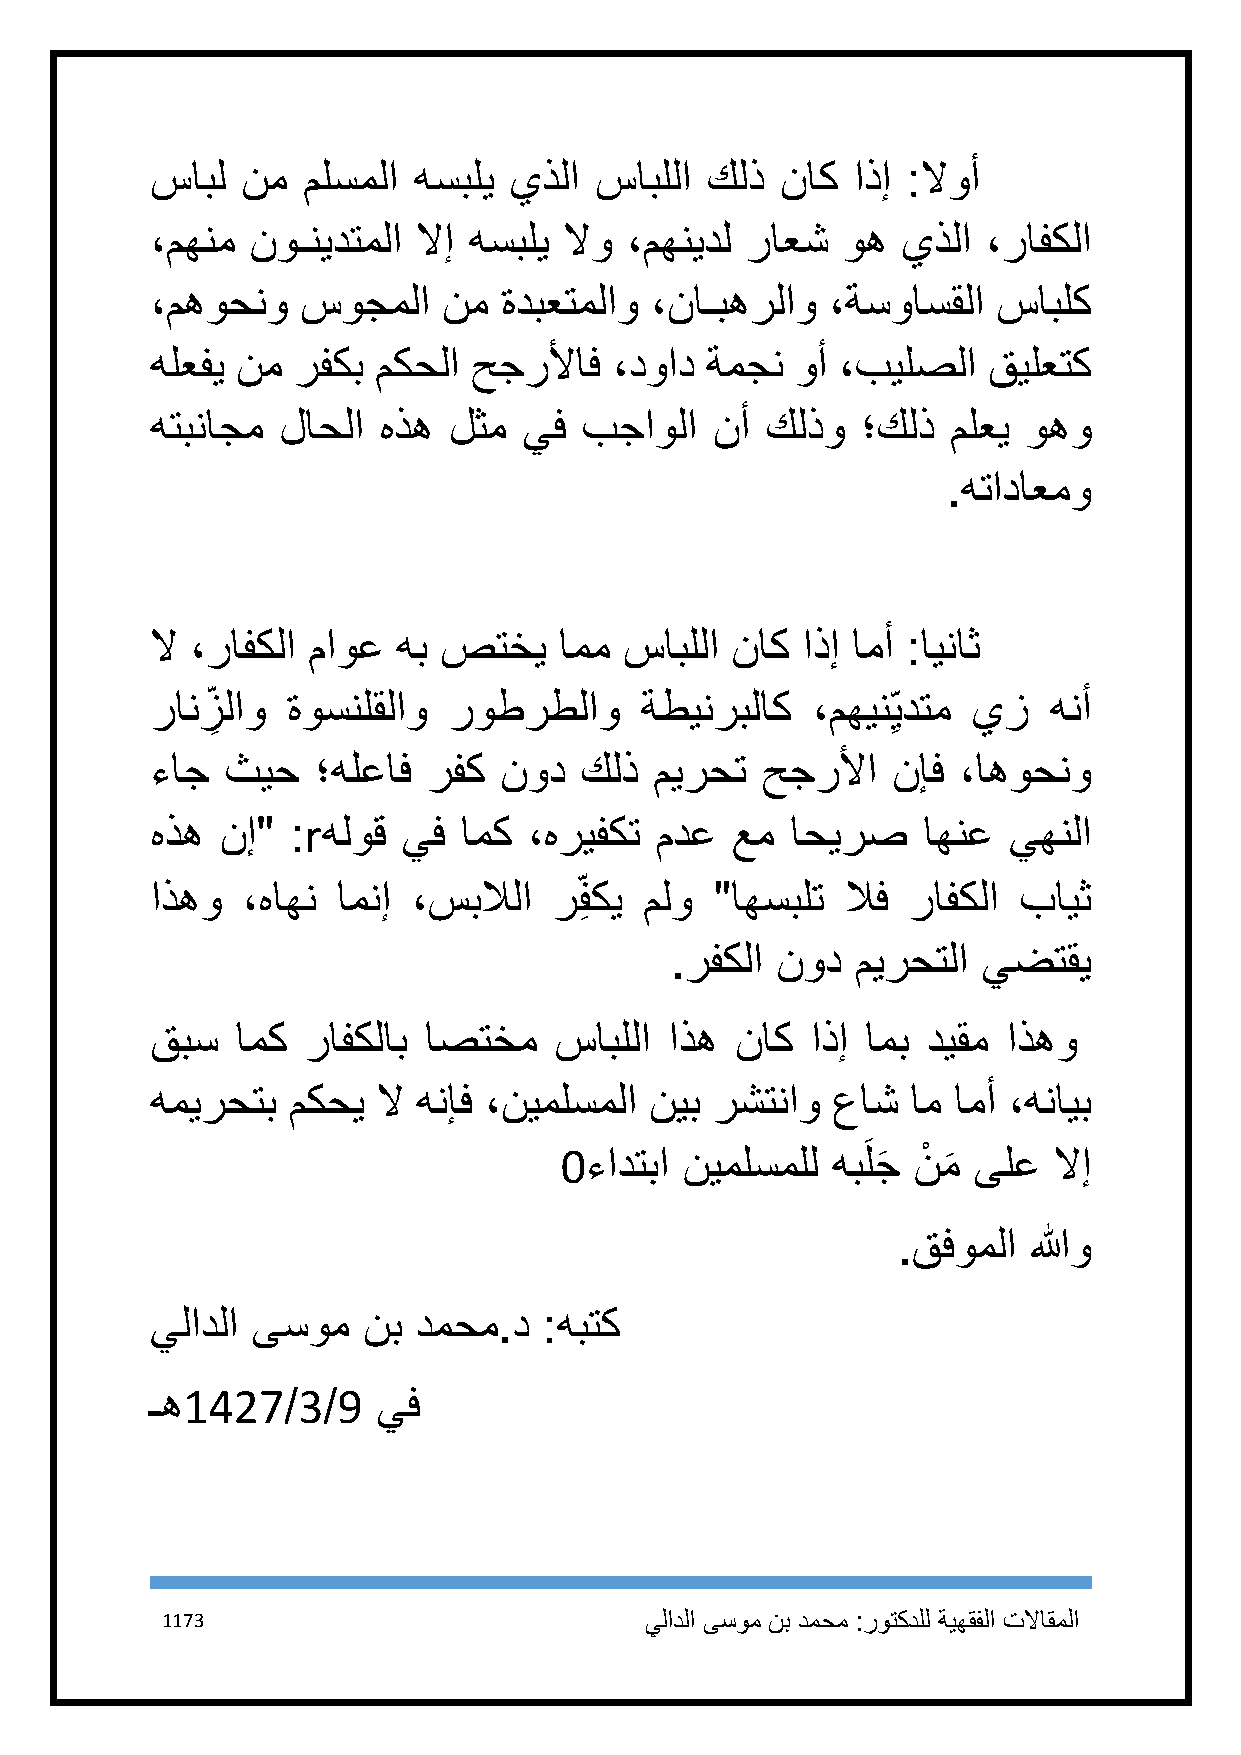
سابل  نم  ملسملا هسبلي  يذلا سابللا  كلذ  ناك اذإ :لاوأ
 ،مهنم  نوـنيدتملا لاإ هسبلي لاو ،مهنيدل راعش  وه  يذلا ،رافكلا
 ،مهوحنو   سوجملا   نم  ةدبعتملاو ،ناـبهرلاو  ،ةسواسقلا  سابلك
 هلعفي نم رفكب  مكحلا حجرلأاف   ،دواد ةمجن  وأ ،بيلصلا  قيلعتك
 هتبناجم  لاحلا هذه  لثم  يف بجاولا   نأ  كلذو  ؛كلذ  ملعي وهو
 .هتاداعمو
 لا ،رافكلا ماوع هب صتخي    امم سابللا ناك  اذإ امأ :ايناث
 رانز
 ِ
 لاو ةوسنلقلاو  روطرطلاو    ةطينربلاك   ،مهين ِيدتم يز هنأ
 ءاج  ثيح   ؛هلعاف رفك  نود  كلذ  ميرحت  حجرلأا   نإف ،اهوحنو
 هذه  نإ" :rهلوق  يف امك  ،هريفكت مدع  عم  احيرص    اهنع  يهنلا
 اذهو  ،هاهن امنإ ،سبلالا   ر فِ كي ملو "اهسبلت لاف رافكلا بايث
 .رفكلا نود   ميرحتلا يضتقي
 قبس   امك رافكلاب اصتخم    سابللا اذه  ناك  اذإ امب ديقم اذهو
 هميرحتب  مكحي  لا هنإف ،نيملسملا نيب رشتناو  عاش  ام امأ ،هنايب
 1ءادتبا نيملسملل  هبَلجَ نْ م
 َ
 ىلع   لاإ
 .قفوملا  اللهو
 يلادلا ىسوم   نب دمحم.د   :هبتك
 ـه1427/3/9     يف
 1173                            يلادلا ىسوم نب دمحم :روتكدلل ةيهقفلا تلااقملا